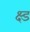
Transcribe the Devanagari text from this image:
क्ष्ड